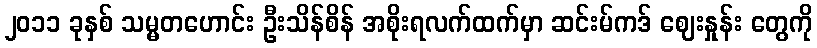
၂၀၁၁ ခုနှစ် သမ္မတဟောင်း ဦးသိန်စိန် အစိုးရလက်ထက်မှာ ဆင်းမ်ကဒ် ဈေးနှုန်း တွေကို